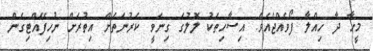
މީހާ ދާ ހިއްލާ ފޯވެއްޖެއެވެ. އިސާހިތަކު ލޮލުގަ ގިނަވީ ކަރުނަތަށް އިތުރަށް ނުހިފޭއްޓިގެން